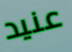
عنيد